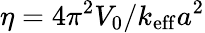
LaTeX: {\eta}=4{\pi}^{2}V_{0}/k_{\mathrm{eff}}a^{2}